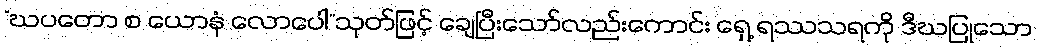
“ဃပတော စ ယောနံ လောပေါ”သုတ်ဖြင့် ချေပြီးသော်လည်းကောင်း ရှေ့ ရဿသရကို ဒီဃပြုသော